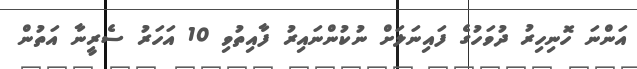
އަންނަ ހޮނިހިރު ދުވަހުގެ ފައިނަލަށް ނުކުންނައިރު ފާއިތުވި 10 އަހަރު ސެރީނާ އަތުން